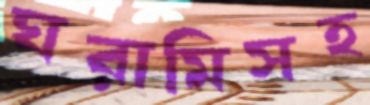
ঘরামিসহ